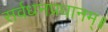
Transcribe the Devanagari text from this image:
सर्वधनप्रधानम्॥